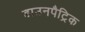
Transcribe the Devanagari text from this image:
डाउनपैट्रिक